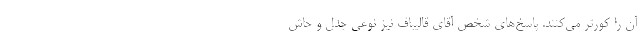
آن را کورتر می‌کنند. پاسخ‌های شخص آقای قالیباف نیز نوعی جدل و حاش